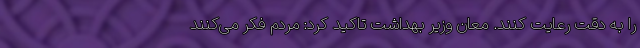
را به دقت رعایت کنند. معان وزیر بهداشت تاکید کرد: مردم فکر می‌کنند